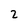
Character: 2